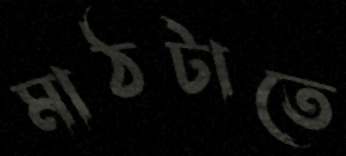
মাঠটাতে